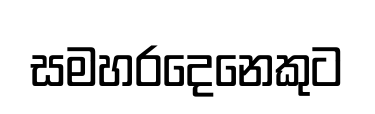
සමහරදෙනෙකුට